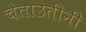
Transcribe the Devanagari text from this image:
चेताउतीनी